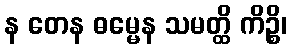
န တေန ဓမ္မေန သမတ္ထိ ကိဉ္စိ၊